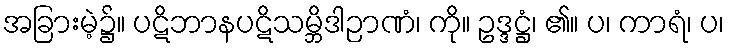
အခြားမဲ့၌။ ပဋိဘာနပဋိသမ္ဘိဒါဉာဏံ၊ ကို။ ဥဒ္ဒဋ္ဌံ၊ ၏။ ပ၊ ကာရံ၊ ပ၊